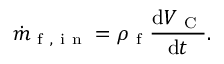
\dot { m } _ { \mathrm { ~ f ~ , ~ i ~ n ~ } } = \rho _ { \mathrm { ~ f ~ } } \frac { \mathrm { d } V _ { \mathrm { ~ C ~ } } } { \mathrm { d } t } .